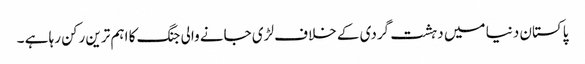
پاکستان دنیا میں دہشت گردی کے خلاف لڑی جانے والی جنگ کا اہم ترین رکن رہا ہے ۔